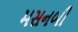
મસનબી